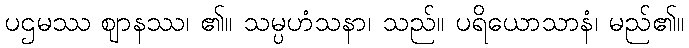
ပဌမဿ ဈာနဿ၊ ၏။ သမ္ပဟံသနာ၊ သည်။ ပရိယောသာနံ၊ မည်၏။